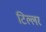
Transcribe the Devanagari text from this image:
टिल्लर